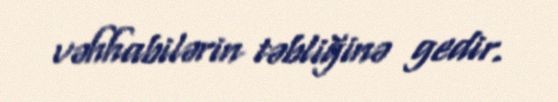
vəhhabilərin təbliğinə gedir.